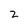
Character: z